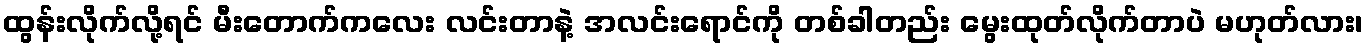
ထွန်းလိုက်လို့ရင် မီးတောက်ကလေး လင်းတာနဲ့ အလင်းရောင်ကို တစ်ခါတည်း မွေးထုတ်လိုက်တာပဲ မဟုတ်လား၊